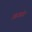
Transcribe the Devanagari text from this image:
आआगे